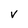
Character: v